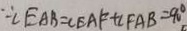
\because \angle E A B = \angle E A F + \angle F A B = 9 0 ^ { \circ }